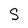
Character: S